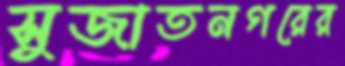
সুজাতনগরের